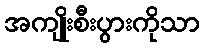
အကျိုးစီးပွားကိုသာ